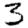
Digit: 3